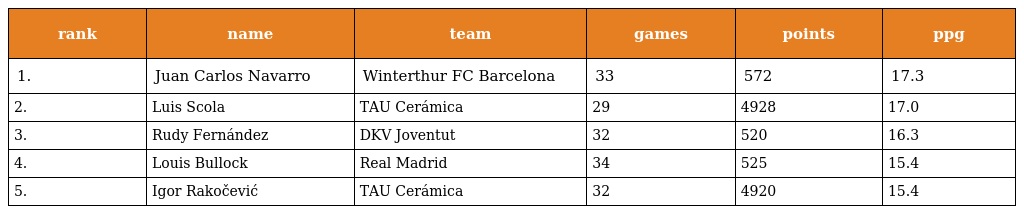
| rank | name | team | games | points | ppg |
 | --- | --- | --- | --- | --- | --- |
 | 1. | Juan Carlos Navarro | Winterthur FC Barcelona | 33 | 572 | 17.3 |
 | 2. | Luis Scola | TAU Cerámica | 29 | 4928 | 17.0 |
 | 3. | Rudy Fernández | DKV Joventut | 32 | 520 | 16.3 |
 | 4. | Louis Bullock | Real Madrid | 34 | 525 | 15.4 |
 | 5. | Igor Rakočević | TAU Cerámica | 32 | 4920 | 15.4 |